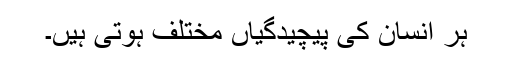
ہر انسان کی پیچیدگیاں مختلف ہوتی ہیں۔